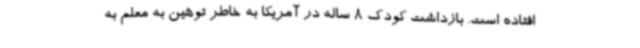
افتاده است. بازداشت کودک 8 ساله در آمریکا به خاطر توهین به معلم به